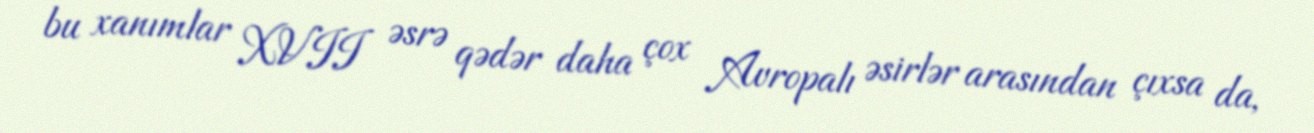
bu xanımlar XVII əsrə qədər daha çox Avropalı əsirlər arasından çıxsa da,